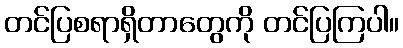
တင်ပြစရာရှိတာတွေကို တင်ပြကြပါ။